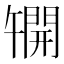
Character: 𫔦